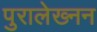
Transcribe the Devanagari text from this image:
पुरालेख्नन